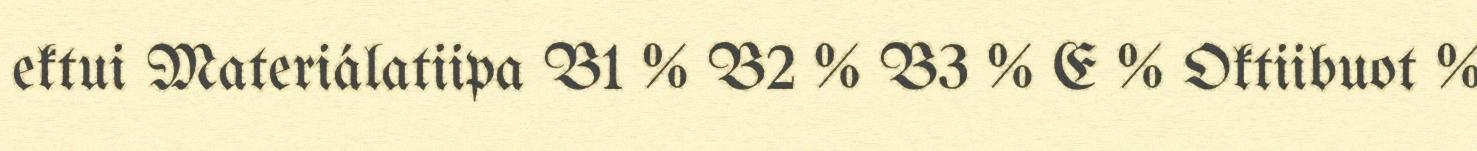
ektui Materiálatiipa B1 % B2 % B3 % E % Oktiibuot %